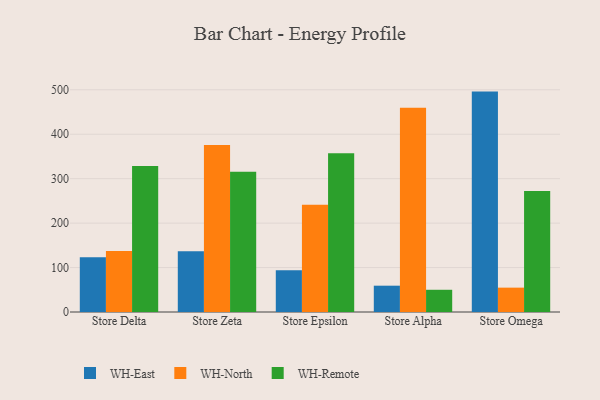
{"axis": {"x": "Store", "y": "Temperature (°C)"}, "legend": ["WH-East", "WH-North", "WH-Remote"], "data": [{"x": "Store Delta", "y": 123.0, "type": "WH-East"}, {"x": "Store Delta", "y": 137.0, "type": "WH-North"}, {"x": "Store Delta", "y": 328.3, "type": "WH-Remote"}, {"x": "Store Zeta", "y": 136.9, "type": "WH-East"}, {"x": "Store Zeta", "y": 375.6, "type": "WH-North"}, {"x": "Store Zeta", "y": 315.8, "type": "WH-Remote"}, {"x": "Store Epsilon", "y": 93.7, "type": "WH-East"}, {"x": "Store Epsilon", "y": 241.3, "type": "WH-North"}, {"x": "Store Epsilon", "y": 357.2, "type": "WH-Remote"}, {"x": "Store Alpha", "y": 59.2, "type": "WH-East"}, {"x": "Store Alpha", "y": 459.3, "type": "WH-North"}, {"x": "Store Alpha", "y": 50.0, "type": "WH-Remote"}, {"x": "Store Omega", "y": 495.9, "type": "WH-East"}, {"x": "Store Omega", "y": 54.8, "type": "WH-North"}, {"x": "Store Omega", "y": 272.1, "type": "WH-Remote"}]}